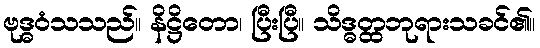
ဗုဒ္ဓဝံသသည်။ နိဋ္ဌိတော၊ ပြီးပြီ။ သိဒ္ဓတ္ထဘုရားသခင်၏။